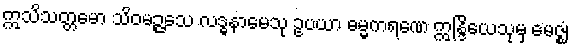
ဣသိသတ္တမော သိဝမဉ္ဇသေ လဒ္ဓနာမေသု ဥပယာ ဓမ္မကရဏေ ဣန္ဒြိယေသုမှ မေဇ္ဈံ